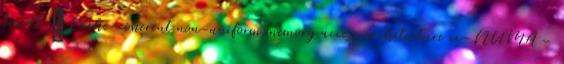
között ● Cache-coherent non-uniform memory access architecture cc-NUMA –